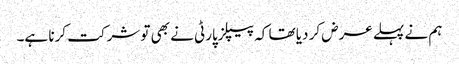
ہم نے پہلے عرض کر دیا تھا کہ پیپلزپارٹی نے بھی تو شرکت کرنا ہے۔